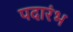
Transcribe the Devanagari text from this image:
पदारंभ